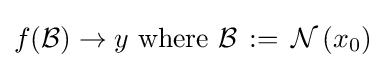
f({\mathcal {B}})\to y{\text{ where }}{\mathcal {B}}\,:=\,{\mathcal {N}}\left(x_{0}\right)